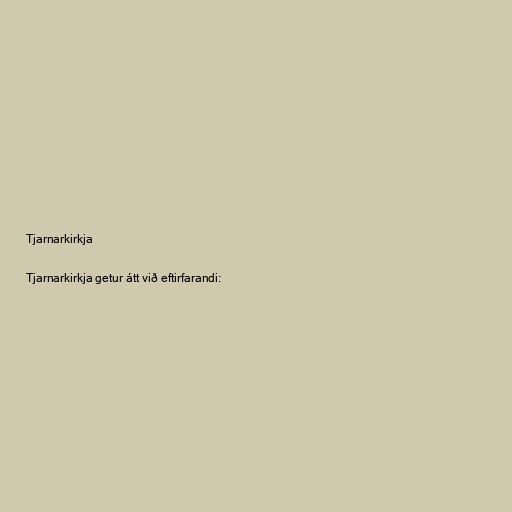
Tjarnarkirkja

Tjarnarkirkja getur átt við eftirfarandi: